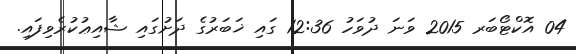
04 އޮކްޓޯބަރ 2015 ވަނަ ދުވަހު 12:36 ގައި ޚަބަރުގެ ދަށުގައި ޝާއިޢުކުރެވިފައި.